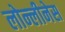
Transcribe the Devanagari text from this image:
लोन्लीनेस